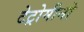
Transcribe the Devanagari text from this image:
टेट्रोमीनो